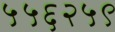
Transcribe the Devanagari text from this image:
५५६२५९